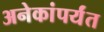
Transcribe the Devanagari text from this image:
अनेकांपर्यंत